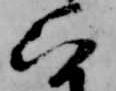
以